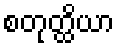
စတုတ္ထိယာ